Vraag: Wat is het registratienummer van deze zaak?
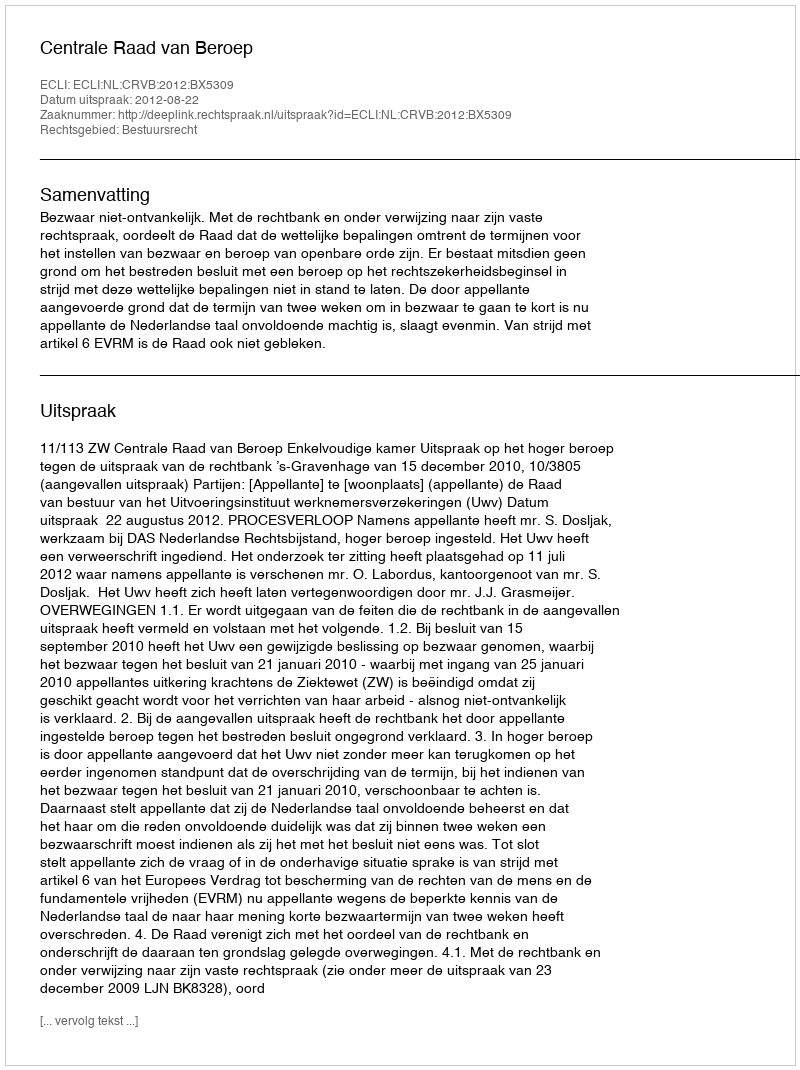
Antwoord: http://deeplink.rechtspraak.nl/uitspraak?id=ECLI:NL:CRVB:2012:BX5309